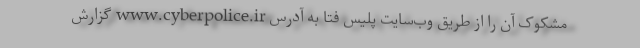
مشکوک آن را از طریق وب‌سایت پلیس فتا به آدرس www.cyberpolice.ir گزارش